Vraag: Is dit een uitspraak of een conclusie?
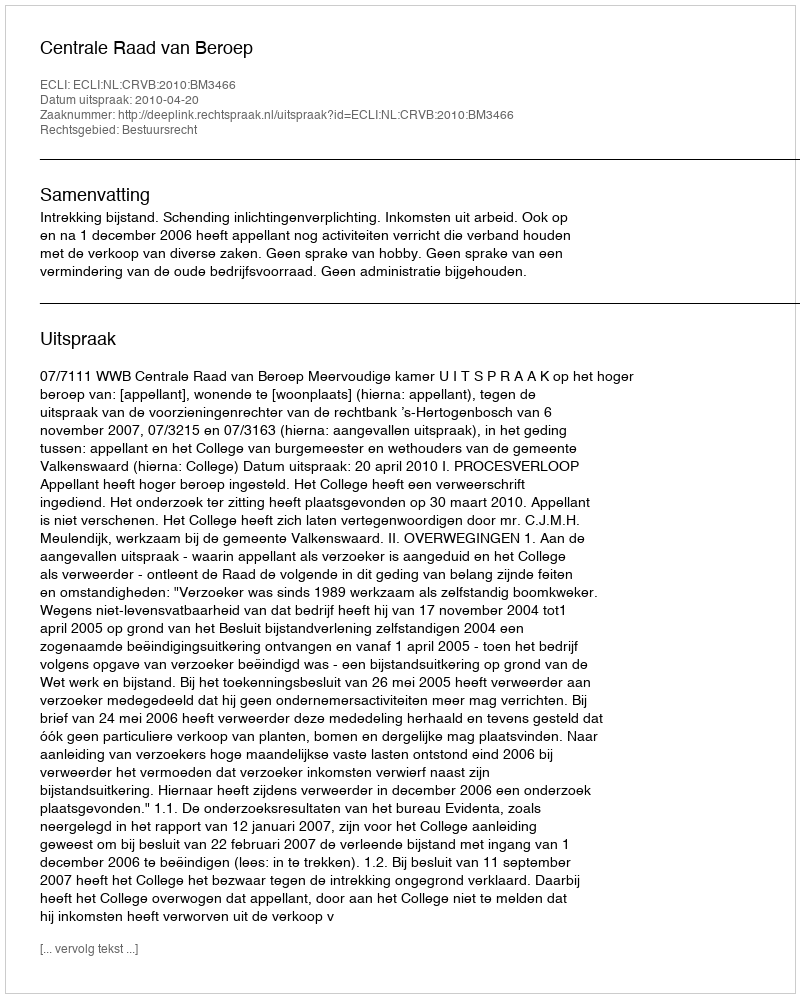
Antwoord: Uitspraak